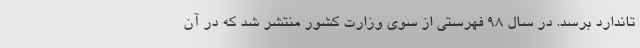
تاندارد برسد. در سال 98 فهرستی از سوی وزارت کشور منتشر شد که در آن